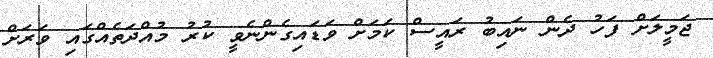
ޖަމީލަށް ފަހު ދެން ނައިބު ރައީސް ކަމަށް ވަޑައިގެންނެވީ ކުރު މުއްދަތެއްގައި ވަރަށް